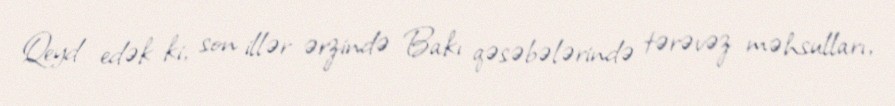
Qeyd edək ki, son illər ərzində Bakı qəsəbələrində tərəvəz məhsulları,